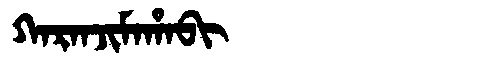
Manchu: ᡴᠠᡵᠠᠨᠵᡳᠮᠠᡥᠠᠪᡳ
Romanization: KARANJIMAHABI